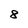
Character: 8